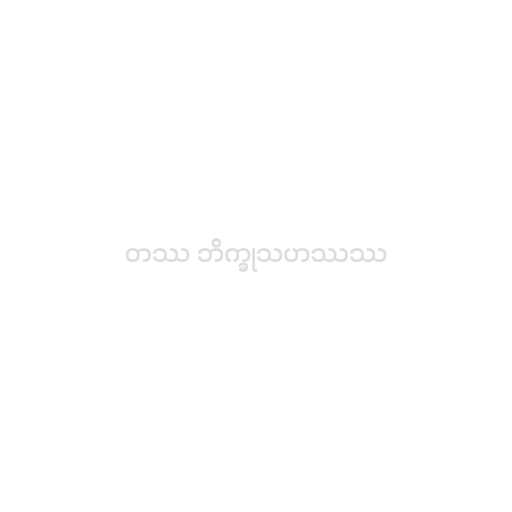
တဿ ဘိက္ခုသဟဿဿ